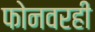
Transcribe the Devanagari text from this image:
फोनवरही